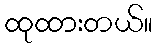
ထုထားတယ်။